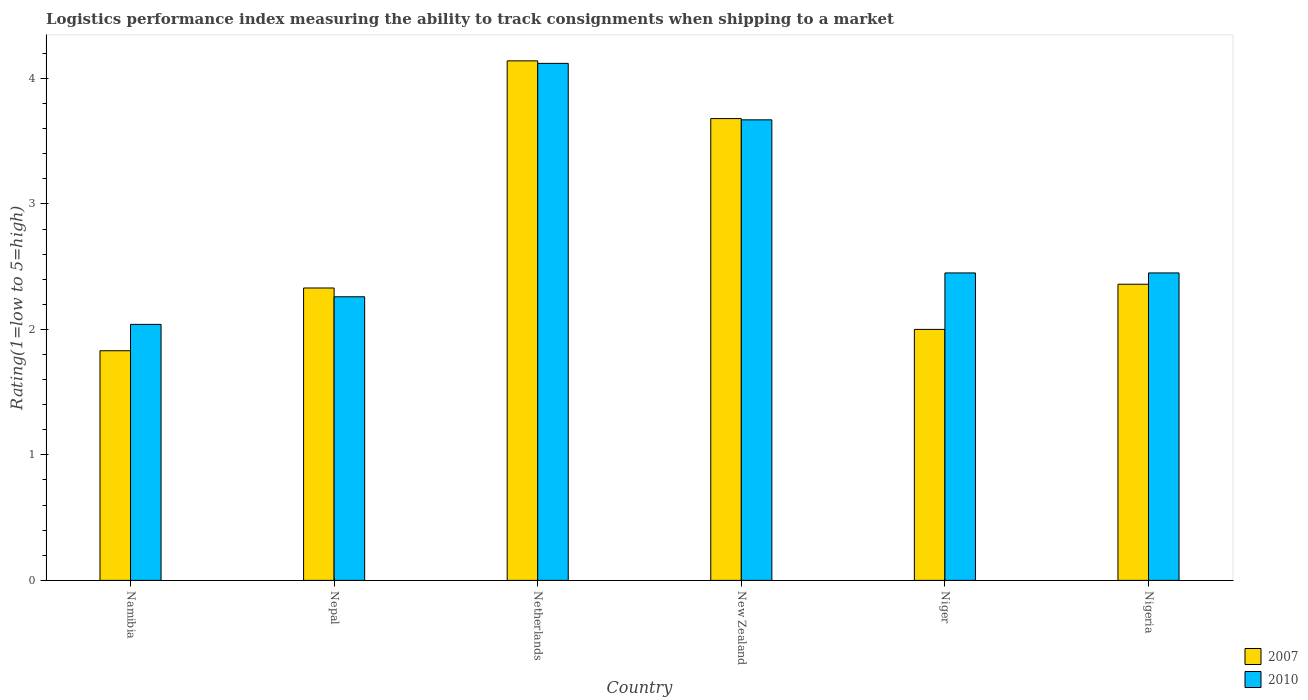
| Country | 2007 | 2010 |
 | --- | --- | --- |
 | Namibia | 1.83 | 2.04 |
 | Nepal | 2.33 | 2.26 |
 | Netherlands | 4.14 | 4.12 |
 | New Zealand | 3.68 | 3.67 |
 | Niger | 2 | 2.45 |
 | Nigeria | 2.36 | 2.45 |